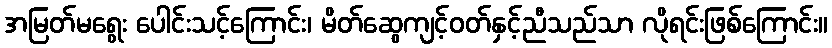
အမြတ်မရွေး ပေါင်းသင့်ကြောင်း၊ မိတ်ဆွေကျင့်ဝတ်နှင့်ညီသည်သာ လိုရင်းဖြစ်ကြောင်း။